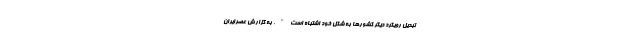
تبدیل رویکرد دیگر کشورها به شکل خود اشتباه است". به گزارش عصرایران